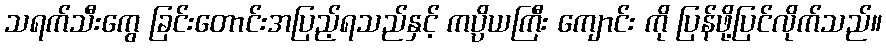
သရက်သီးကွေ ခြင်းတောင်းအပြည့်ရသည်နှင့် ကပ္ပိယကြီး ကျောင်း ကို ပြန်ဖို့ပြင်လိုက်သည်။